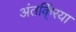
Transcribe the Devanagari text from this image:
अंतर्कि्रया